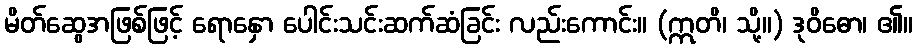
မိတ်ဆွေအဖြစ်ဖြင့် ရောနှော ပေါင်းသင်းဆက်ဆံခြင်း လည်းကောင်း။ (ဣတိ၊ သို့။) ဒုဝိဓော၊ ၏။